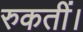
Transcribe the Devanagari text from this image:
रुकतीं।